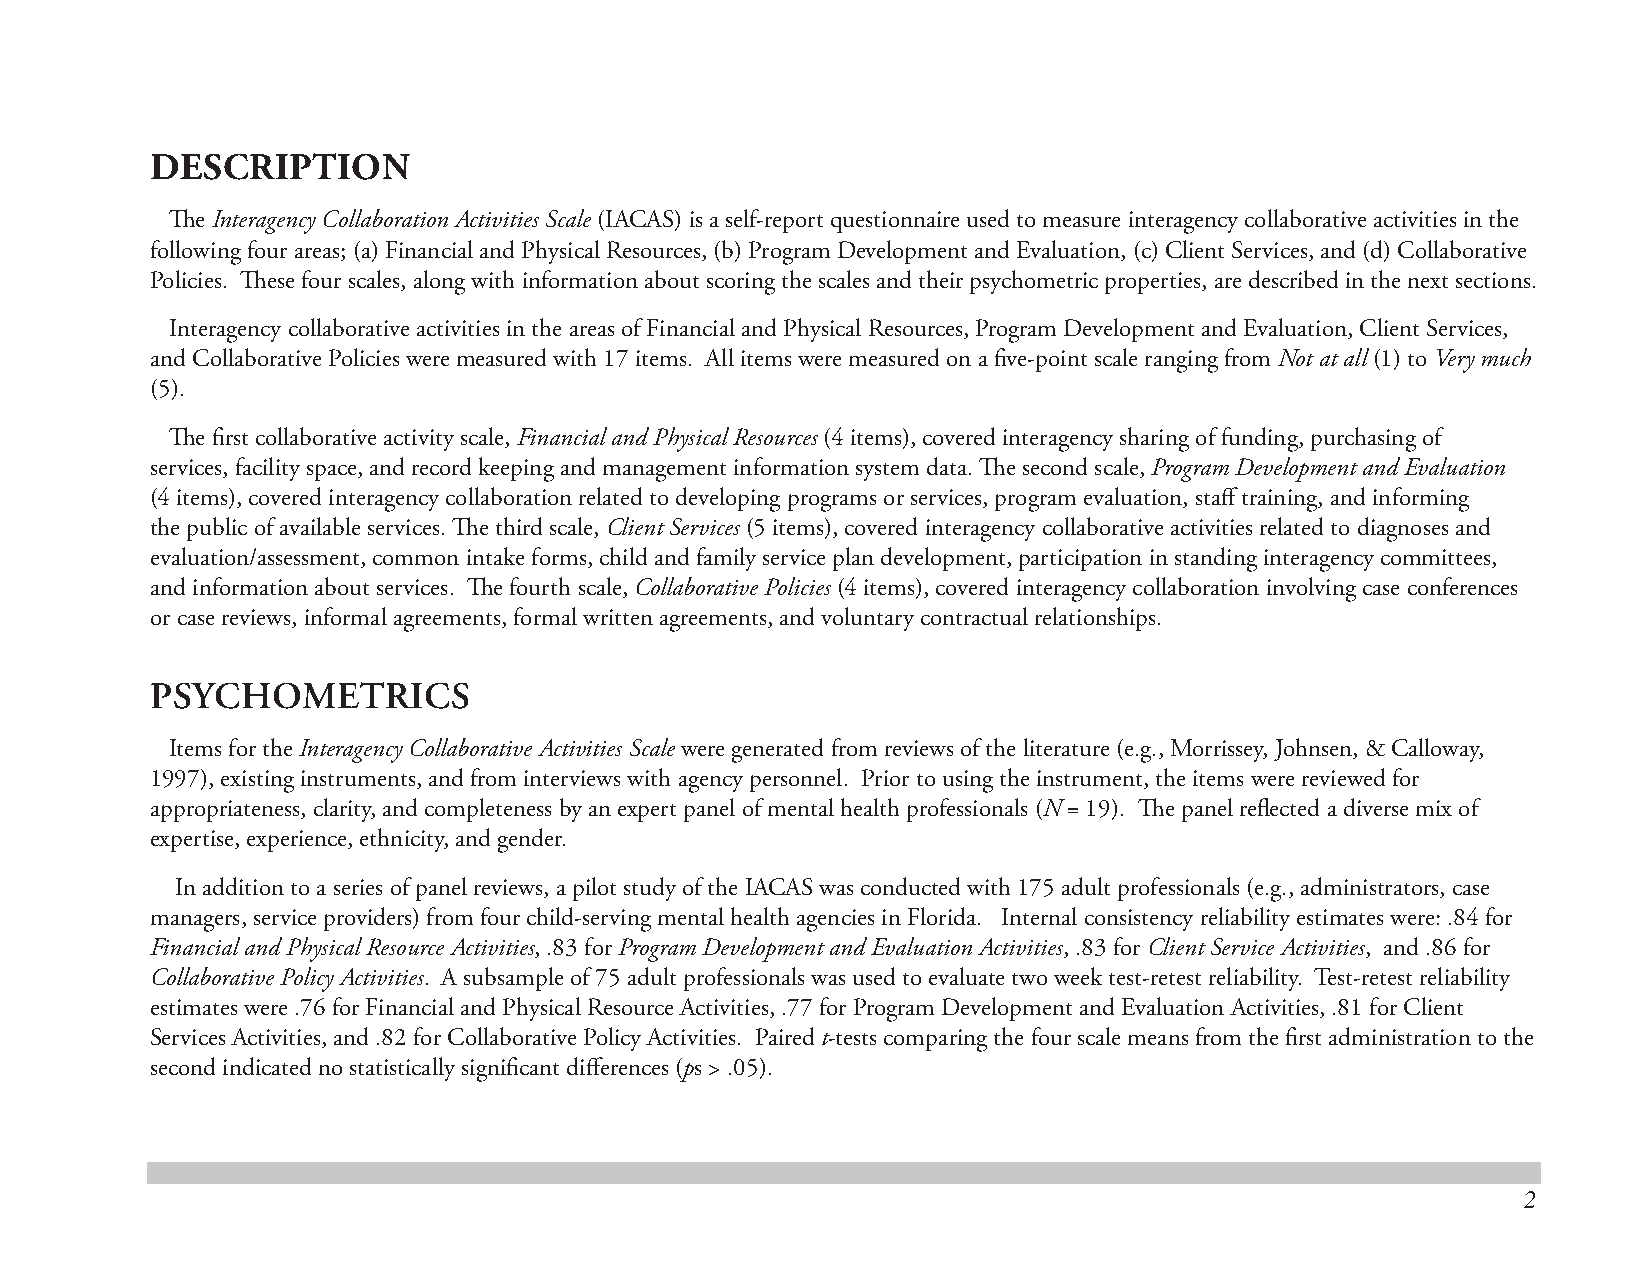
DESCRIPTION
 Th e Interagency Collaboration Activities Scale (IACAS) is a self-report questionnaire used to measure interagency collaborative activities in the
 following four areas; (a) Financial and Physical Resources, (b) Program Development and Evaluation, (c) Client Services, and (d) Collaborative
 Policies. Th ese four scales, along with information about scoring the scales and their psychometric properties, are described in the next sections.
 Interagency collaborative activities in the areas of Financial and Physical Resources, Program Development and Evaluation, Client Services,
 and Collaborative Policies were measured with 17 items. All items were measured on a fi ve-point scale ranging from Not at all (1) to Very much
 (5).
 Th e fi rst collaborative activity scale, Financial and Physical Resources (4 items), covered interagency sharing of funding, purchasing of
 services, facility space, and record keeping and management information system data. Th e second scale, Program Development and Evaluation
 (4 items), covered interagency collaboration related to developing programs or services, program evaluation, staff training, and informing
 the public of available services. Th e third scale, Client Services (5 items), covered interagency collaborative activities related to diagnoses and
 evaluation/assessment, common intake forms, child and family service plan development, participation in standing interagency committees,
 and information about services. Th e fourth scale, Collaborative Policies (4 items), covered interagency collaboration involving case conferences
 or case reviews, informal agreements, formal written agreements, and voluntary contractual relationships.
 PSYCHOMETRICS
 Items for the Interagency Collaborative Activities Scale were generated from reviews of the literature (e.g., Morrissey, Johnsen, & Calloway,
 1997), existing instruments, and from interviews with agency personnel. Prior to using the instrument, the items were reviewed for
 appropriateness, clarity, and completeness by an expert panel of mental health professionals (N = 19). Th e panel refl ected a diverse mix of
 expertise, experience, ethnicity, and gender.
 In addition to a series of panel reviews, a pilot study of the IACAS was conducted with 175 adult professionals (e.g., administrators, case
 managers, service providers) from four child-serving mental health agencies in Florida. Internal consistency reliability estimates were: .84 for
 Financial and Physical Resource Activities, .83 for Program Development and Evaluation Activities, .83 for Client Service Activities, and .86 for
 Collaborative Policy Activities. A subsample of 75 adult professionals was used to evaluate two week test-retest reliability. Test-retest reliability
 estimates were .76 for Financial and Physical Resource Activities, .77 for Program Development and Evaluation Activities, .81 for Client
 Services Activities, and .82 for Collaborative Policy Activities. Paired t-tests comparing the four scale means from the fi rst administration to the
 second indicated no statistically signifi cant diff erences (ps > .05).
 2